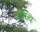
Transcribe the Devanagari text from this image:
शौंज्यि